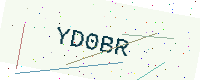
Text: YD0BR